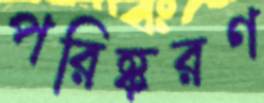
পরিষ্করণ